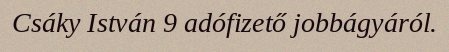
Csáky István 9 adófizető jobbágyáról.